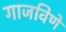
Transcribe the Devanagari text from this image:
गाजविणें